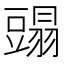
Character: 𧰂